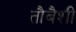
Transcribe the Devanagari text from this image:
तौबैशी